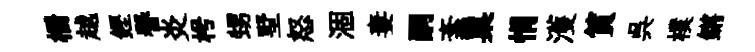
栅越鏗譽炎枵甥墅怒涸妻嗣紊巢悁濩篔呉樸鏘